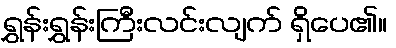
ရွှန်းရွှန်းကြီးလင်းလျက် ရှိပေ၏။